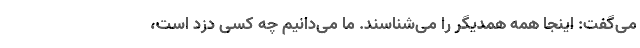
‌می‌گفت: اینجا همه همدیگر را می‌شناسند. ما می‌دانیم چه کسی دزد است،